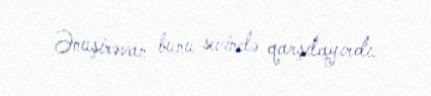
Ənuşirəvan bunu sevinclə qarşılayırdı.